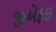
જીએફઇ